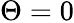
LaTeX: \Theta=0